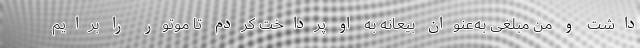
داشت و من مبلغی به‌عنوان بیعانه به او پرداخت کردم تا موتور را برایم